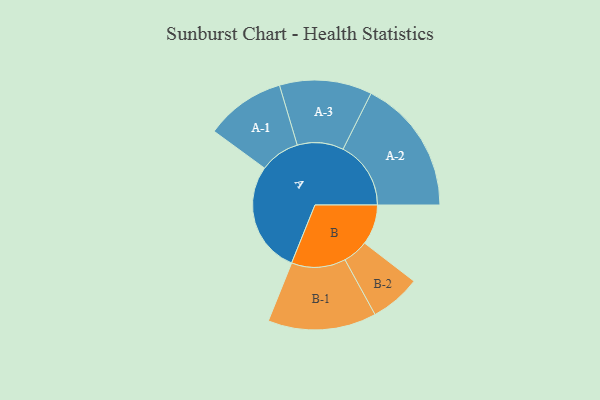
{"axis": {"x": "Segment", "y": "Value"}, "legend": ["", "A", "B"], "data": [{"x": "A", "y": 444, "type": ""}, {"x": "B", "y": 160, "type": ""}, {"x": "A-1", "y": 159, "type": "A"}, {"x": "A-2", "y": 270, "type": "A"}, {"x": "A-3", "y": 184, "type": "A"}, {"x": "B-1", "y": 216, "type": "B"}, {"x": "B-2", "y": 101, "type": "B"}]}